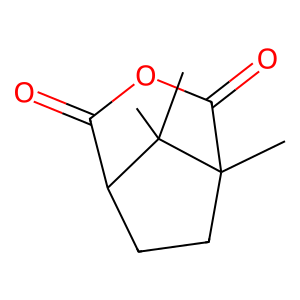
SMILES: CC12CCC(C(=O)OC1=O)C2(C)C
Inhibits HIV replication: No